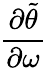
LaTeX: \frac{\partial\tilde{\theta}}{\partial\omega}